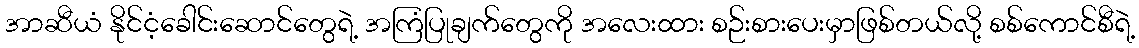
အာဆီယံ နိုင်ငံ့ခေါင်းဆောင်တွေရဲ့ အကြံပြုချက်တွေကို အလေးထား စဉ်းစားပေးမှာဖြစ်တယ်လို့ စစ်ကောင်စီရဲ့